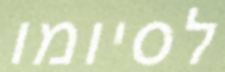
לסיומו